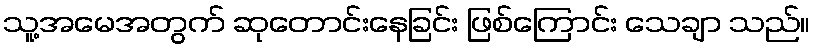
သူ့အမေအတွက် ဆုတောင်းနေခြင်း ဖြစ်ကြောင်း သေချာ သည်။